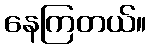
နေကြတယ်။